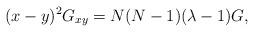
LaTeX: \begin{align*}(x-y)^{2}G_{xy}=N(N-1)(\lambda -1)G,\end{align*}